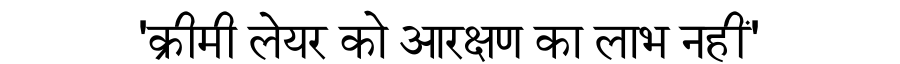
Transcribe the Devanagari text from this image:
'क्रीमी लेयर को आरक्षण का लाभ नहीं'